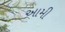
આમી